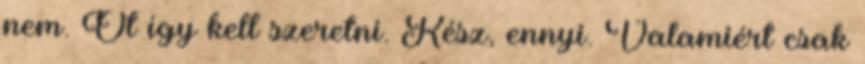
nem. Őt így kell szeretni. Kész, ennyi. Valamiért csak